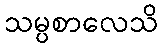
သမ္ပစာလေသိ